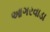
આગરવાડા